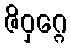
ဇိဝှဂ္ဂေ